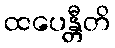
ထပေန္တီတိ